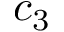
c _ { 3 }